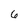
Character: 6